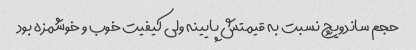
حجم ساندویچ نسبت به قیمتش پایینه ولی کیفیت خوب و خوشمزه بود